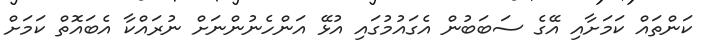
ކަންތައް ކަމަށާއި އޭގެ ސަބަބުން އެގައުމުގައި އުޅޭ އަންހެނުންނަށް ނުރައްކާ އެބައޮތް ކަމަށް